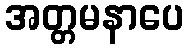
အတ္တမနာပေ